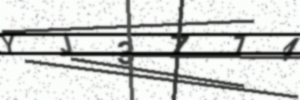
Text: YJ3Z74